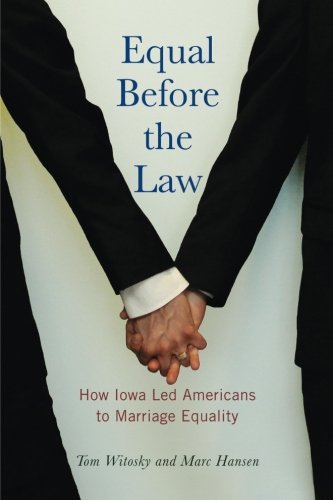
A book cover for Equal Before the Law: How Iowa Led Americans to Marriage Equality (Iowa and the Midwest Experience); Tom Witosky; Gay & Lesbian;